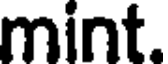
mint.